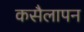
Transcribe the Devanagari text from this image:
कसैलापन